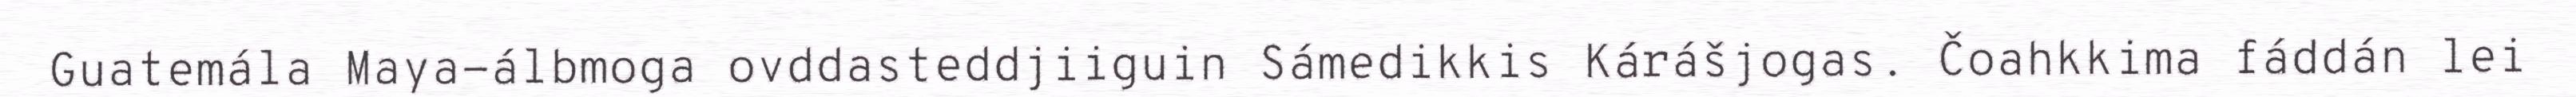
Guatemála Maya-álbmoga ovddasteddjiiguin Sámedikkis Kárášjogas. Čoahkkima fáddán lei